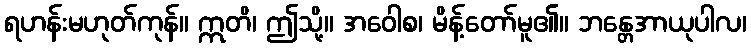
ရဟန်းမဟုတ်ကုန်။ ဣတိ၊ ဤသို့။ အဝေါစ၊ မိန့်တော်မူ၏။ ဘန္တေအာယုပါလ၊